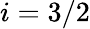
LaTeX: i=3/2